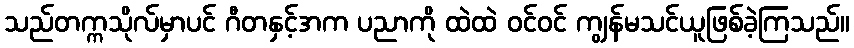
သည်တက္ကသိုလ်မှာပင် ဂီတနှင့်အက ပညာကို ထဲထဲ ဝင်ဝင် ကျွန်မသင်ယူဖြစ်ခဲ့ကြသည်။